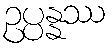
ဥပ္ပန္နဿ